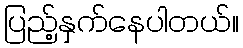
ပြည့်နှက်နေပါတယ်။